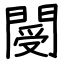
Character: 閿